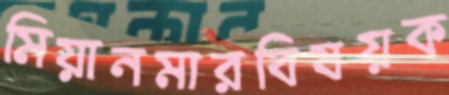
মিয়ানমারবিষয়ক